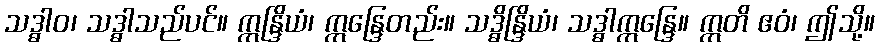
သဒ္ဓါဝ၊ သဒ္ဓါသည်ပင်။ ဣန္ဒြိယံ၊ ဣန္ဒြေတည်း။ သဒ္ဓိန္ဒြိယံ၊ သဒ္ဓါဣန္ဒြေ။ ဣတိ ဧဝံ၊ ဤသို့။